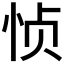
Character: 𮲅